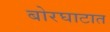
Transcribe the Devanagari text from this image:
बोरघाटात